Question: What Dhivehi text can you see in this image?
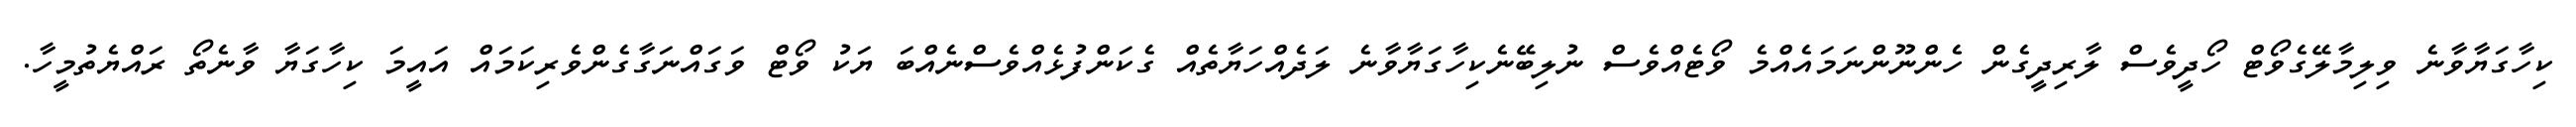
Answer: ކިހާގަޔާވާނެ ވިލިމާލޭގެވޯޓް ހޯދީވެސް ލާރިދީގެން ހެންނޫންނަމައެއްމެ ވޯޓެއްވެސް ނުލިބޭނެކިހާގަޔާވާނެ ލަދެއްހަޔާތެއް ގެކަންފުޅެއްވެސްނެއްބަ ޔަކު ވޯޓް ވަގައްނަގާގެންވެރިކަމައް އައީމަ ކިހާގަޔާ ވާނެތޯ ރައްޔެތުމީހާ.